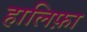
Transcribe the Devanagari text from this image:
हालिफ़ा